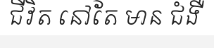
ជីវិត នៅតែ មាន ជំងឺ